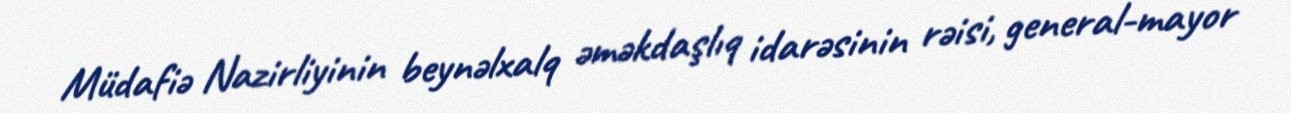
Müdafiə Nazirliyinin beynəlxalq əməkdaşlıq idarəsinin rəisi, general-mayor